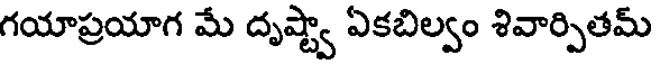
గయాప్రయాగ మే దృష్ట్వా ఏకబిల్వం శివార్పితమ్